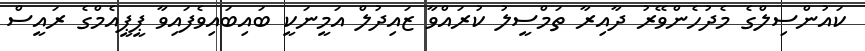
ކައުންސިލްގެ މެދުހެންވޭޭރު ދާއިރާ ތަމްސީލު ކުރައްވާ ޒައިދުލް އަމީނަކީ ބައިބައިވެފައިވާ ޕީޕީއެމްގެ ރައީސް